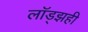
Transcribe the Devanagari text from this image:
लॉड्झही